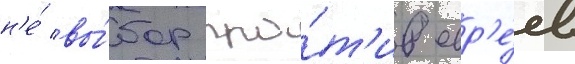
н'е́ вы́бор про́т'ив евр'е́ев